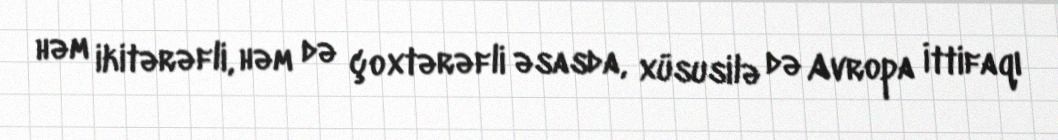
həm ikitərəfli, həm də çoxtərəfli əsasda, xüsusilə də Avropa İttifaqı